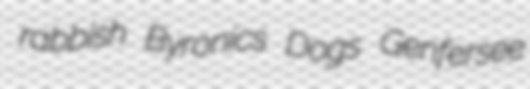
rabbish Byronics Dogs Genfersee